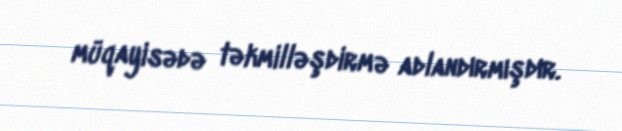
müqayisədə təkmilləşdirmə adlandırmışdır.